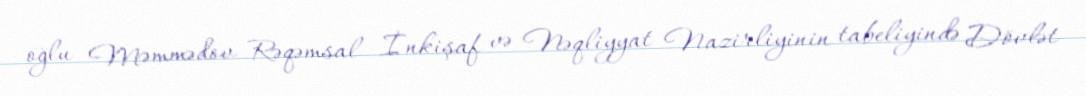
oğlu Məmmədov Rəqəmsal İnkişaf və Nəqliyyat Nazirliyinin tabeliyində Dövlət